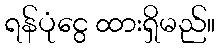
ရန်ပုံငွေ ထားရှိမည်။